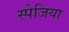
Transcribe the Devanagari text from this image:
स्पेजिया